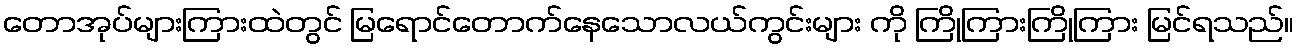
တောအုပ်များကြားထဲတွင် မြရောင်တောက်နေသောလယ်ကွင်းများ ကို ကြိုကြားကြိုကြား မြင်ရသည်။